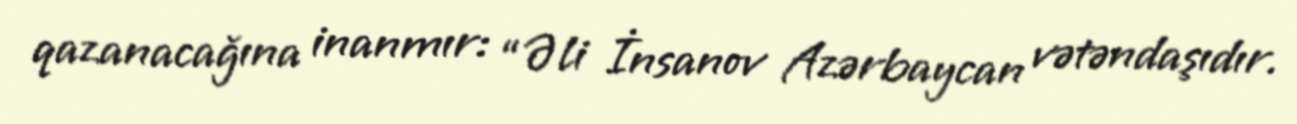
qazanacağına inanmır: “Əli İnsanov Azərbaycan vətəndaşıdır.